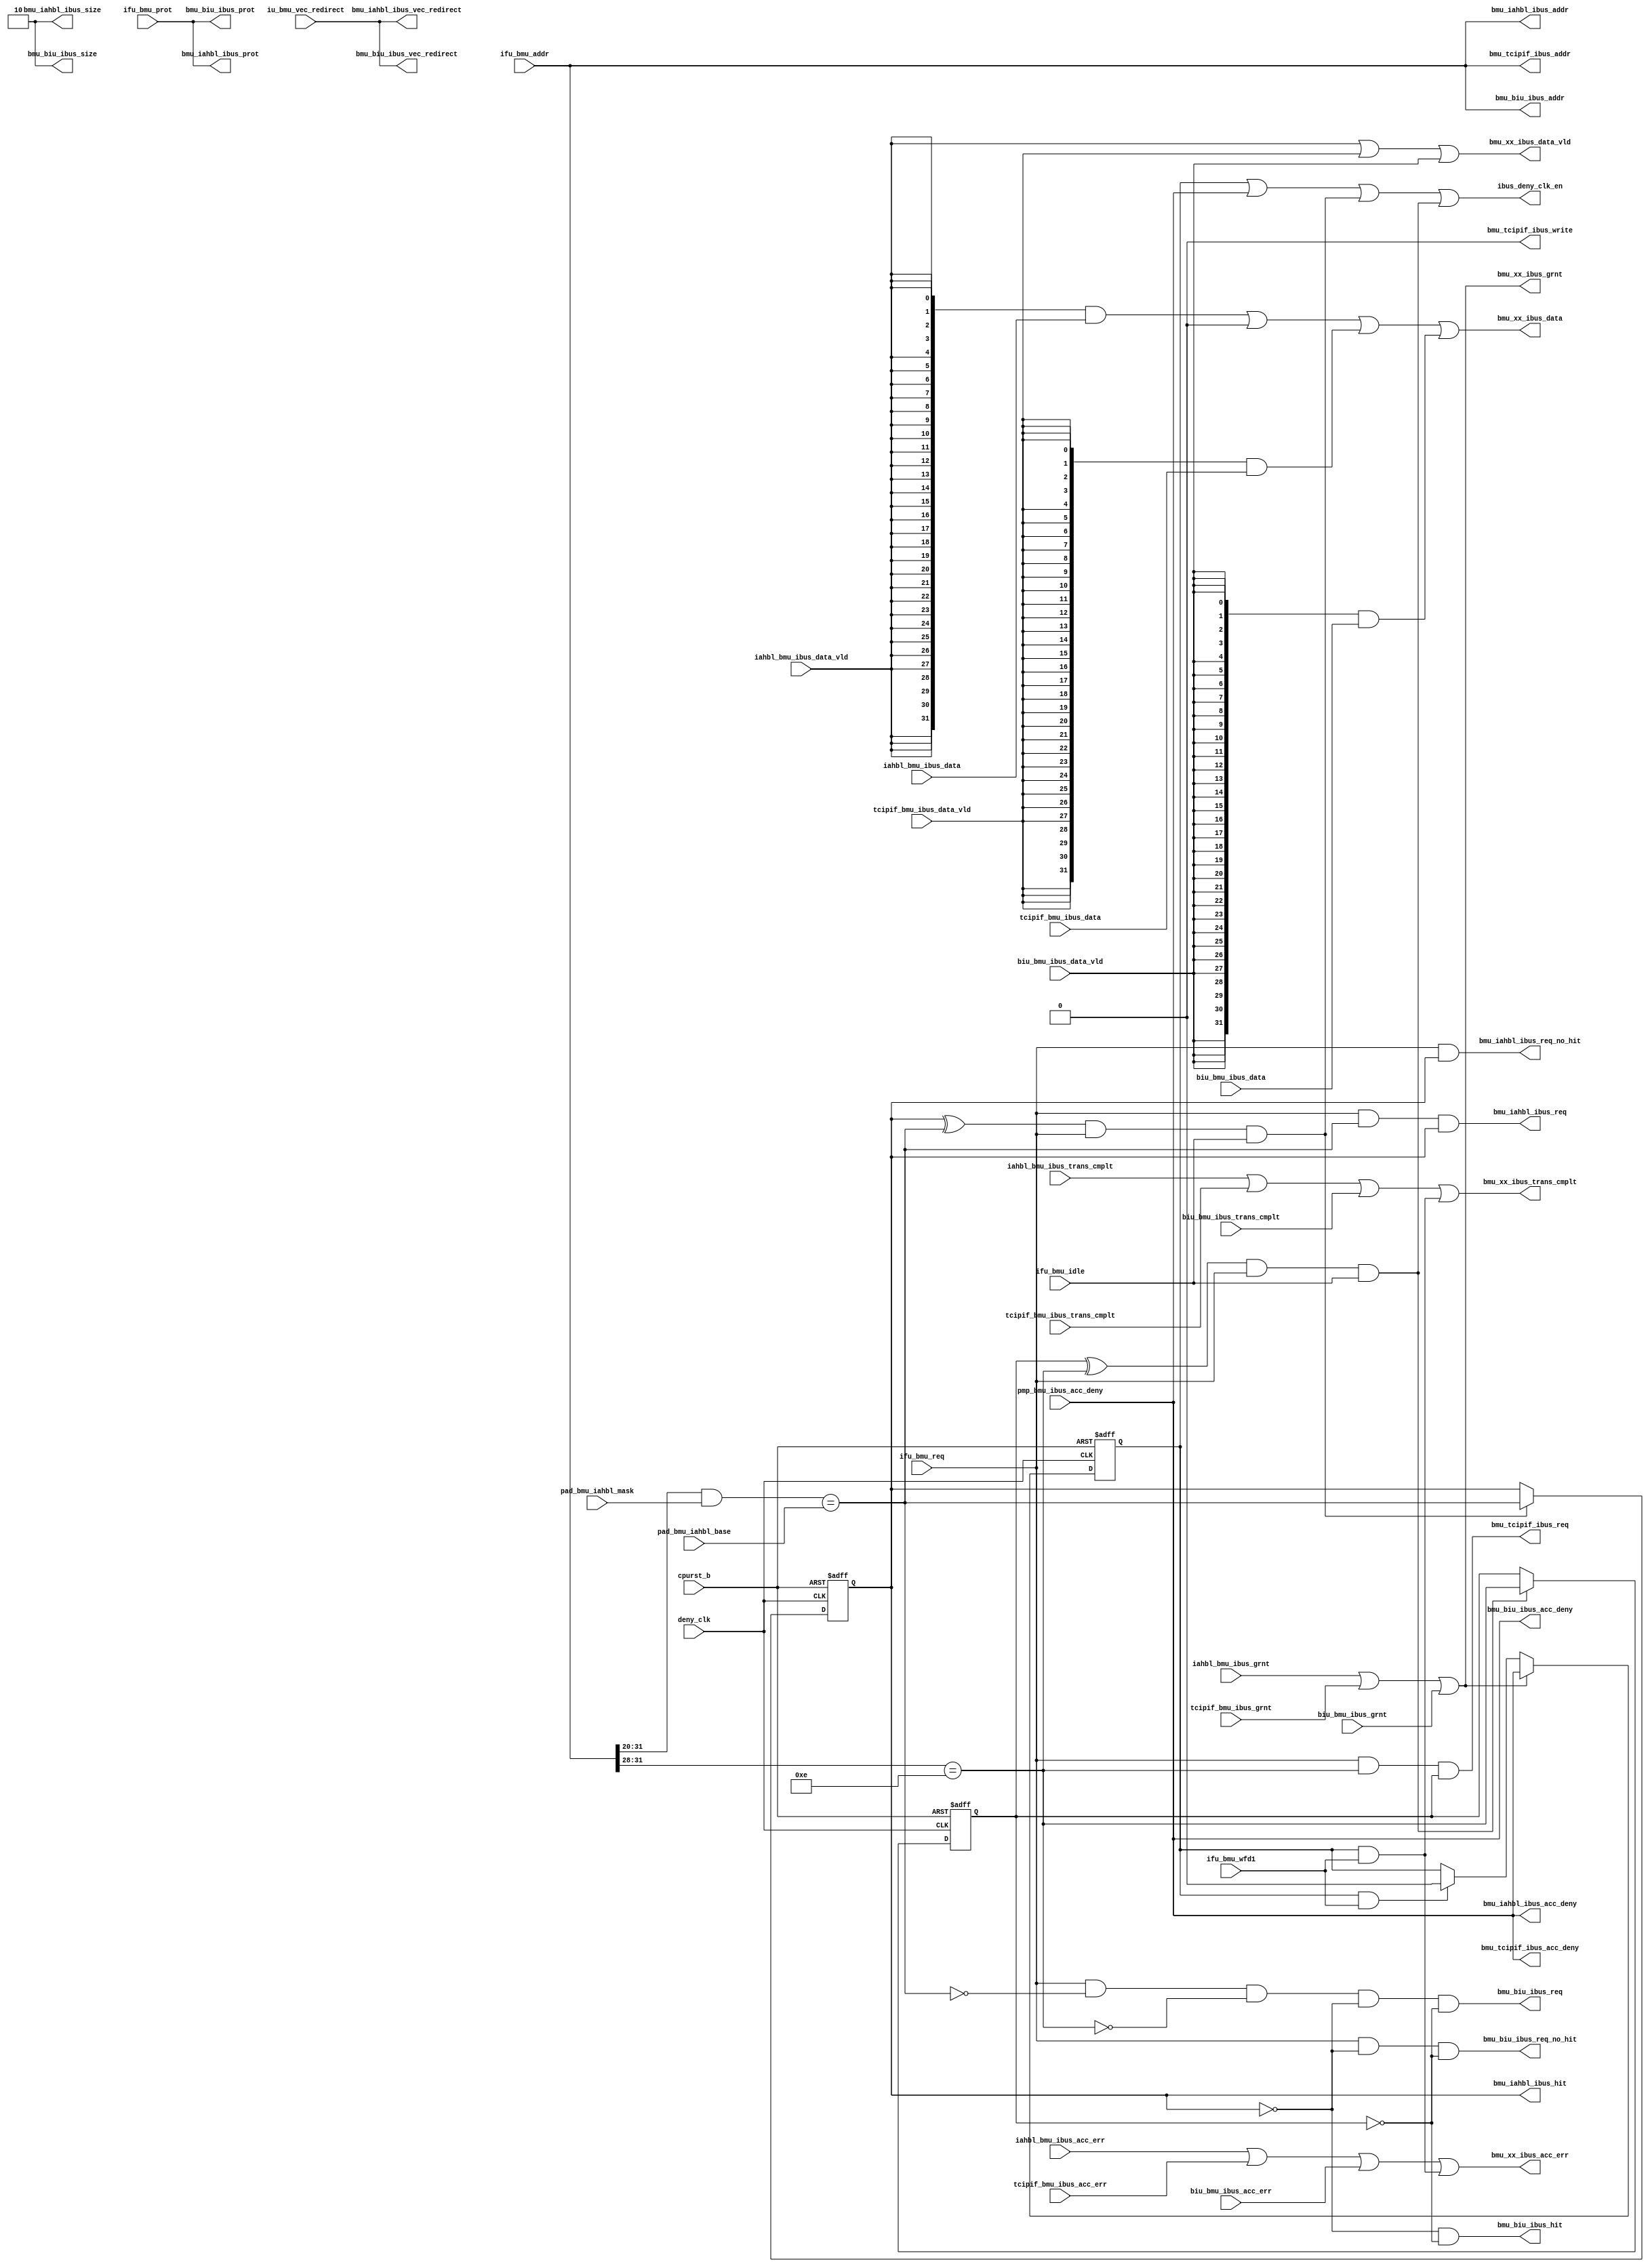
/*Copyright 2018-2021 T-Head Semiconductor Co., Ltd.

Licensed under the Apache License, Version 2.0 (the "License");
you may not use this file except in compliance with the License.
You may obtain a copy of the License at

    http://www.apache.org/licenses/LICENSE-2.0

Unless required by applicable law or agreed to in writing, software
distributed under the License is distributed on an "AS IS" BASIS,
WITHOUT WARRANTIES OR CONDITIONS OF ANY KIND, either express or implied.
See the License for the specific language governing permissions and
limitations under the License.
*/
module cr_bmu_ibus_if(
  biu_bmu_ibus_acc_err,
  biu_bmu_ibus_data,
  biu_bmu_ibus_data_vld,
  biu_bmu_ibus_grnt,
  biu_bmu_ibus_trans_cmplt,
  bmu_biu_ibus_acc_deny,
  bmu_biu_ibus_addr,
  bmu_biu_ibus_hit,
  bmu_biu_ibus_prot,
  bmu_biu_ibus_req,
  bmu_biu_ibus_req_no_hit,
  bmu_biu_ibus_size,
  bmu_biu_ibus_vec_redirect,
  bmu_iahbl_ibus_acc_deny,
  bmu_iahbl_ibus_addr,
  bmu_iahbl_ibus_hit,
  bmu_iahbl_ibus_prot,
  bmu_iahbl_ibus_req,
  bmu_iahbl_ibus_req_no_hit,
  bmu_iahbl_ibus_size,
  bmu_iahbl_ibus_vec_redirect,
  bmu_tcipif_ibus_acc_deny,
  bmu_tcipif_ibus_addr,
  bmu_tcipif_ibus_req,
  bmu_tcipif_ibus_write,
  bmu_xx_ibus_acc_err,
  bmu_xx_ibus_data,
  bmu_xx_ibus_data_vld,
  bmu_xx_ibus_grnt,
  bmu_xx_ibus_trans_cmplt,
  cpurst_b,
  deny_clk,
  iahbl_bmu_ibus_acc_err,
  iahbl_bmu_ibus_data,
  iahbl_bmu_ibus_data_vld,
  iahbl_bmu_ibus_grnt,
  iahbl_bmu_ibus_trans_cmplt,
  ibus_deny_clk_en,
  ifu_bmu_addr,
  ifu_bmu_idle,
  ifu_bmu_prot,
  ifu_bmu_req,
  ifu_bmu_wfd1,
  iu_bmu_vec_redirect,
  pad_bmu_iahbl_base,
  pad_bmu_iahbl_mask,
  pmp_bmu_ibus_acc_deny,
  tcipif_bmu_ibus_acc_err,
  tcipif_bmu_ibus_data,
  tcipif_bmu_ibus_data_vld,
  tcipif_bmu_ibus_grnt,
  tcipif_bmu_ibus_trans_cmplt
);

// &Ports; @25
input           biu_bmu_ibus_acc_err;       
input   [31:0]  biu_bmu_ibus_data;          
input           biu_bmu_ibus_data_vld;      
input           biu_bmu_ibus_grnt;          
input           biu_bmu_ibus_trans_cmplt;   
input           cpurst_b;                   
input           deny_clk;                   
input           iahbl_bmu_ibus_acc_err;     
input   [31:0]  iahbl_bmu_ibus_data;        
input           iahbl_bmu_ibus_data_vld;    
input           iahbl_bmu_ibus_grnt;        
input           iahbl_bmu_ibus_trans_cmplt; 
input   [31:0]  ifu_bmu_addr;               
input           ifu_bmu_idle;               
input   [3 :0]  ifu_bmu_prot;               
input           ifu_bmu_req;                
input           ifu_bmu_wfd1;               
input           iu_bmu_vec_redirect;        
input   [11:0]  pad_bmu_iahbl_base;         
input   [11:0]  pad_bmu_iahbl_mask;         
input           pmp_bmu_ibus_acc_deny;      
input           tcipif_bmu_ibus_acc_err;    
input   [31:0]  tcipif_bmu_ibus_data;       
input           tcipif_bmu_ibus_data_vld;   
input           tcipif_bmu_ibus_grnt;       
input           tcipif_bmu_ibus_trans_cmplt; 
output          bmu_biu_ibus_acc_deny;      
output  [31:0]  bmu_biu_ibus_addr;          
output          bmu_biu_ibus_hit;           
output  [3 :0]  bmu_biu_ibus_prot;          
output          bmu_biu_ibus_req;           
output          bmu_biu_ibus_req_no_hit;    
output  [1 :0]  bmu_biu_ibus_size;          
output          bmu_biu_ibus_vec_redirect;  
output          bmu_iahbl_ibus_acc_deny;    
output  [31:0]  bmu_iahbl_ibus_addr;        
output          bmu_iahbl_ibus_hit;         
output  [3 :0]  bmu_iahbl_ibus_prot;        
output          bmu_iahbl_ibus_req;         
output          bmu_iahbl_ibus_req_no_hit;  
output  [1 :0]  bmu_iahbl_ibus_size;        
output          bmu_iahbl_ibus_vec_redirect; 
output          bmu_tcipif_ibus_acc_deny;   
output  [31:0]  bmu_tcipif_ibus_addr;       
output          bmu_tcipif_ibus_req;        
output          bmu_tcipif_ibus_write;      
output          bmu_xx_ibus_acc_err;        
output  [31:0]  bmu_xx_ibus_data;           
output          bmu_xx_ibus_data_vld;       
output          bmu_xx_ibus_grnt;           
output          bmu_xx_ibus_trans_cmplt;    
output          ibus_deny_clk_en;           

// &Regs; @26
reg             acc_err_for_deny;           
reg             iahbl_hit_ff;               
reg             tcipif_hit_ff;              

// &Wires; @27
wire            biu_bmu_ibus_acc_err;       
wire    [31:0]  biu_bmu_ibus_data;          
wire            biu_bmu_ibus_data_vld;      
wire            biu_bmu_ibus_grnt;          
wire            biu_bmu_ibus_trans_cmplt;   
wire            biu_data_vld;               
wire            bmu_biu_ibus_acc_deny;      
wire    [31:0]  bmu_biu_ibus_addr;          
wire            bmu_biu_ibus_hit;           
wire    [3 :0]  bmu_biu_ibus_prot;          
wire            bmu_biu_ibus_req;           
wire            bmu_biu_ibus_req_no_hit;    
wire    [1 :0]  bmu_biu_ibus_size;          
wire            bmu_biu_ibus_vec_redirect;  
wire            bmu_iahbl_ibus_acc_deny;    
wire    [31:0]  bmu_iahbl_ibus_addr;        
wire            bmu_iahbl_ibus_hit;         
wire    [3 :0]  bmu_iahbl_ibus_prot;        
wire            bmu_iahbl_ibus_req;         
wire            bmu_iahbl_ibus_req_no_hit;  
wire    [1 :0]  bmu_iahbl_ibus_size;        
wire            bmu_iahbl_ibus_vec_redirect; 
wire            bmu_tcipif_ibus_acc_deny;   
wire    [31:0]  bmu_tcipif_ibus_addr;       
wire            bmu_tcipif_ibus_req;        
wire            bmu_tcipif_ibus_write;      
wire            bmu_xx_ibus_acc_err;        
wire    [31:0]  bmu_xx_ibus_data;           
wire            bmu_xx_ibus_data_vld;       
wire            bmu_xx_ibus_grnt;           
wire            bmu_xx_ibus_trans_cmplt;    
wire            cpurst_b;                   
wire            dahbl_bmu_ibus_acc_err;     
wire    [31:0]  dahbl_bmu_ibus_data;        
wire            dahbl_bmu_ibus_data_vld;    
wire            dahbl_bmu_ibus_grnt;        
wire            dahbl_bmu_ibus_trans_cmplt; 
wire            dahbl_data_vld;             
wire            dahbl_hit;                  
wire            dahbl_hit_ff;               
wire            dahbl_hit_upd;              
wire            deny_clk;                   
wire            iahbl_bmu_ibus_acc_err;     
wire    [31:0]  iahbl_bmu_ibus_data;        
wire            iahbl_bmu_ibus_data_vld;    
wire            iahbl_bmu_ibus_grnt;        
wire            iahbl_bmu_ibus_trans_cmplt; 
wire            iahbl_data_vld;             
wire            iahbl_hit;                  
wire            iahbl_hit_upd;              
wire            ibus_deny_clk_en;           
wire            ibus_grnt;                  
wire    [31:0]  ifu_bmu_addr;               
wire            ifu_bmu_idle;               
wire    [3 :0]  ifu_bmu_prot;               
wire            ifu_bmu_req;                
wire            ifu_bmu_wfd1;               
wire            iu_bmu_vec_redirect;        
wire    [11:0]  pad_bmu_iahbl_base;         
wire    [11:0]  pad_bmu_iahbl_mask;         
wire            pmp_bmu_ibus_acc_deny;      
wire            tcipif_bmu_ibus_acc_err;    
wire    [31:0]  tcipif_bmu_ibus_data;       
wire            tcipif_bmu_ibus_data_vld;   
wire            tcipif_bmu_ibus_grnt;       
wire            tcipif_bmu_ibus_trans_cmplt; 
wire            tcipif_data_vld;            
wire            tcipif_hit;                 
wire            tcipif_hit_upd;             


//parameter IAHBL_BASE  = 3'b000;
parameter TCIPIF_BASE = 4'b1110;

//==========================================================
//      compare base address with ahbl base addr
//==========================================================
assign iahbl_hit = ((ifu_bmu_addr[31:20] & pad_bmu_iahbl_mask[11:0]) == pad_bmu_iahbl_base[11:0]);
assign iahbl_hit_upd = (iahbl_hit_ff ^ iahbl_hit) & ifu_bmu_req & ifu_bmu_idle;
always @(posedge deny_clk or negedge cpurst_b)
begin
  if(!cpurst_b)
    iahbl_hit_ff <= 1'b1;
  else if(iahbl_hit_upd)
    iahbl_hit_ff <= iahbl_hit;
  else
    iahbl_hit_ff <= iahbl_hit_ff;
end
// &Force("input", "ifu_bmu_idle"); @50

assign dahbl_hit     = 1'b0;
assign dahbl_hit_ff  = 1'b0;
assign dahbl_hit_upd = 1'b0;


//==========================================================
//                    request to AHBLite Interface
//==========================================================
//interface to ILITE
assign bmu_iahbl_ibus_req         = ifu_bmu_req & iahbl_hit & iahbl_hit_ff;
assign bmu_iahbl_ibus_req_no_hit  = ifu_bmu_req & iahbl_hit_ff;
assign bmu_iahbl_ibus_hit         = iahbl_hit_ff;
assign bmu_iahbl_ibus_acc_deny    = pmp_bmu_ibus_acc_deny;
assign bmu_iahbl_ibus_size[1:0]   = 2'b10;
assign bmu_iahbl_ibus_addr[31:0]  = ifu_bmu_addr[31:0];
assign bmu_iahbl_ibus_vec_redirect= iu_bmu_vec_redirect;
assign bmu_iahbl_ibus_prot[3:0]   = ifu_bmu_prot[3:0]; 

//interface to DLITE
assign dahbl_bmu_ibus_acc_err     = 1'b0;
assign dahbl_bmu_ibus_data[31:0]  = 32'b0;
assign dahbl_bmu_ibus_data_vld    = 1'b0;
assign dahbl_bmu_ibus_grnt        = 1'b0;
assign dahbl_bmu_ibus_trans_cmplt = 1'b0;

//==========================================================
//                    request to system register file
//==========================================================
assign tcipif_hit = (ifu_bmu_addr[31:28] == TCIPIF_BASE);
assign tcipif_hit_upd = (tcipif_hit_ff ^ tcipif_hit) & ifu_bmu_req & ifu_bmu_idle;
always @(posedge deny_clk or negedge cpurst_b)
begin
  if(!cpurst_b)
    tcipif_hit_ff <= 1'b0;
  else if(tcipif_hit_upd)
    tcipif_hit_ff <= tcipif_hit;
  else
    tcipif_hit_ff <= tcipif_hit_ff;
end
assign bmu_tcipif_ibus_req         = ifu_bmu_req & tcipif_hit & tcipif_hit_ff;
assign bmu_tcipif_ibus_acc_deny    = pmp_bmu_ibus_acc_deny;
assign bmu_tcipif_ibus_write       = 1'b0;
assign bmu_tcipif_ibus_addr[31:0]  = ifu_bmu_addr[31:0];

//==========================================================
//                    request to system bus
//==========================================================
assign bmu_biu_ibus_req          = ifu_bmu_req & ~iahbl_hit & ~dahbl_hit 
                                                            & ~tcipif_hit
                                 & ~iahbl_hit_ff & ~dahbl_hit_ff 
                                                 & ~tcipif_hit_ff;
assign bmu_biu_ibus_req_no_hit   = ifu_bmu_req & ~iahbl_hit_ff 
                                               & ~dahbl_hit_ff 
                                               & ~tcipif_hit_ff;
assign bmu_biu_ibus_hit          = ~iahbl_hit_ff & ~dahbl_hit_ff
                                                 & ~tcipif_hit_ff;
assign bmu_biu_ibus_acc_deny     = pmp_bmu_ibus_acc_deny;
assign bmu_biu_ibus_size[1:0]    = 2'b10;
assign bmu_biu_ibus_addr[31:0]   = ifu_bmu_addr[31:0];
assign bmu_biu_ibus_vec_redirect = iu_bmu_vec_redirect;
assign bmu_biu_ibus_prot[3:0]    = ifu_bmu_prot[3:0]; 

//==========================================================
//                BMU ACK to LSU
//==========================================================
assign ibus_grnt        = iahbl_bmu_ibus_grnt  |
                          dahbl_bmu_ibus_grnt  |
                          tcipif_bmu_ibus_grnt |
                          biu_bmu_ibus_grnt;
assign bmu_xx_ibus_grnt = ibus_grnt;

assign ibus_deny_clk_en = acc_err_for_deny || pmp_bmu_ibus_acc_deny 
                       || iahbl_hit_upd
                       || dahbl_hit_upd
                       || tcipif_hit_upd;


//         &Force("nonport","ibus_deny_clk_en"); @209
always @(posedge deny_clk or negedge cpurst_b)
begin
  if(!cpurst_b)
    acc_err_for_deny <= 1'b0;
  else if(ibus_grnt)
    acc_err_for_deny <= pmp_bmu_ibus_acc_deny;
  else if(acc_err_for_deny && ifu_bmu_wfd1)
    acc_err_for_deny <= 1'b0;
end

// &Force("output","bmu_xx_ibus_trans_cmplt"); @224
assign bmu_xx_ibus_trans_cmplt = iahbl_bmu_ibus_trans_cmplt  |
                                 dahbl_bmu_ibus_trans_cmplt  |
                                 tcipif_bmu_ibus_trans_cmplt |
                                 biu_bmu_ibus_trans_cmplt    |
                                 acc_err_for_deny & ifu_bmu_wfd1;

assign bmu_xx_ibus_data_vld    = iahbl_bmu_ibus_data_vld  |
                                 dahbl_bmu_ibus_data_vld  |
                                 tcipif_bmu_ibus_data_vld |
                                 biu_bmu_ibus_data_vld;

assign iahbl_data_vld = iahbl_bmu_ibus_data_vld;
assign dahbl_data_vld = dahbl_bmu_ibus_data_vld;
assign biu_data_vld   = biu_bmu_ibus_data_vld;
assign tcipif_data_vld = tcipif_bmu_ibus_data_vld;

assign bmu_xx_ibus_data[31:0]  = ({32{iahbl_data_vld}}  & iahbl_bmu_ibus_data[31:0])  |
                                 ({32{dahbl_data_vld}}  & dahbl_bmu_ibus_data[31:0])  |
                                 ({32{tcipif_data_vld}} & tcipif_bmu_ibus_data[31:0]) |
                                 ({32{biu_data_vld}}    & biu_bmu_ibus_data[31:0]);



assign bmu_xx_ibus_acc_err     = iahbl_bmu_ibus_acc_err |
                                 dahbl_bmu_ibus_acc_err |
                                 tcipif_bmu_ibus_acc_err |
                                 biu_bmu_ibus_acc_err   |
                                 acc_err_for_deny & ifu_bmu_wfd1;

// &ModuleEnd; @265
endmodule